Scottish Leaving Certificate Examination, 1959
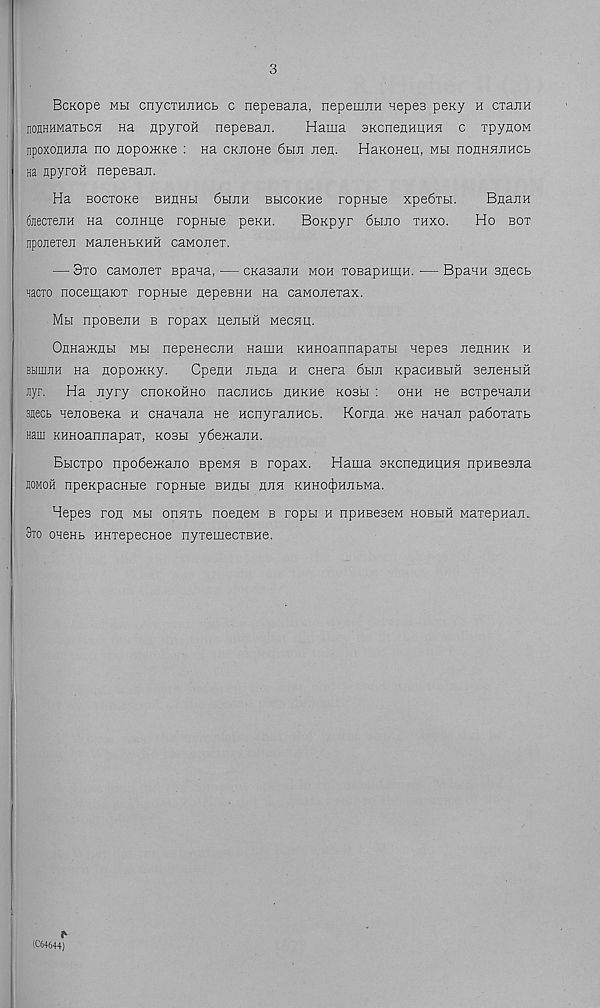
3
BcKope mh cnycxHJiHCb c nepesajia, nepemnH nepes peKy h cxanH
noflHHMaxbCH na npyroH nepeBan.
Hama SKcnenHHHH c xpynoM
npoxonHJia no floponcKe : Ha CKnone 6hji xren. HaKonen, mm nonHHJiHCb
he npyroii nepeBaxt.
Ha Bocxone bhhhh 6hjih BbicoKHe ropHbie xpe6xbi.
BnanH
6jiecxenH na counne ropHbie penn.
Bonpyr 6bmo xhxo.
Ho box
npoxexen ManeHbKHH caMonex.
— 3xo caMonex Bpana, — CKasanH moh xoBapnmH. — Bpann snecb
■mcto nocemaiox ropHbie HepeBHH na caMonexax.
Mu npoBeriH b ropax nenbm necjm.
OaHa>KHbi mm nepeHecnH Haiim KHHoannapaxbi nepes JienHHK h
BbimiiH Ha nopoxKKy.
CpejiH Jibna h cnera 6hji KpacHBbm seneHUH
Jiyr. Ha nyry cnoKOHHO nacnHCb flHKHe kosh : ohh He BCxpenajiH
3ject HenoBeKa h CHanajia He HcnyraiiHCb. Korna Me Hanaji pa6oxaxb
Ham KHHoannapax, kobh y6eManH.
Bbicxpo npo6eMano BpeMH b ropax. Hama aKcnennimsi npHBesna
somoh npeKpacHbie ropHbie bhuh hjih KHH0(|)HJibMa.
Hepes ron mh onnxb noeneM b ropbi h npHBeseM hobhh waxepHaji.
3to OHeHb HHxepecHoe nyxemecxBHe.
(C64644)